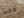
فقط